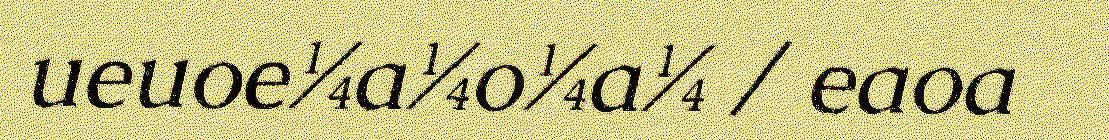
ueuoe¼a¼o¼a¼ / eaoa